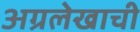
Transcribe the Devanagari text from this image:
अग्रलेखाची